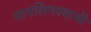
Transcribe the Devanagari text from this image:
नागलिंगस्वामी